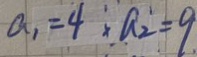
a _ { 1 } = 4 , a _ { 2 } = 9